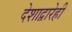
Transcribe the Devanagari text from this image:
देशाद्वारेही